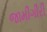
જામીગીરી